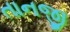
તાનજી